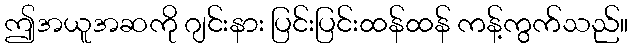
ဤအယူအဆကို ဂျင်းနား ပြင်းပြင်းထန်ထန် ကန့်ကွက်သည်။